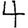
Digit: 4